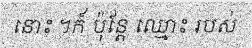
នោះ ។ក៍ ប៉ុន្តែ ឈ្មោះ របស់